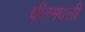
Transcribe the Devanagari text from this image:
चीनमधली